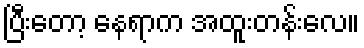
ပြီးတော့ နေရာက အထူးတန်းလေ။